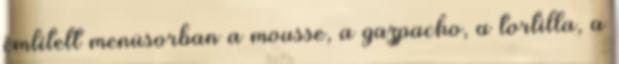
említett menüsorban a mousse, a gazpacho, a tortilla, a